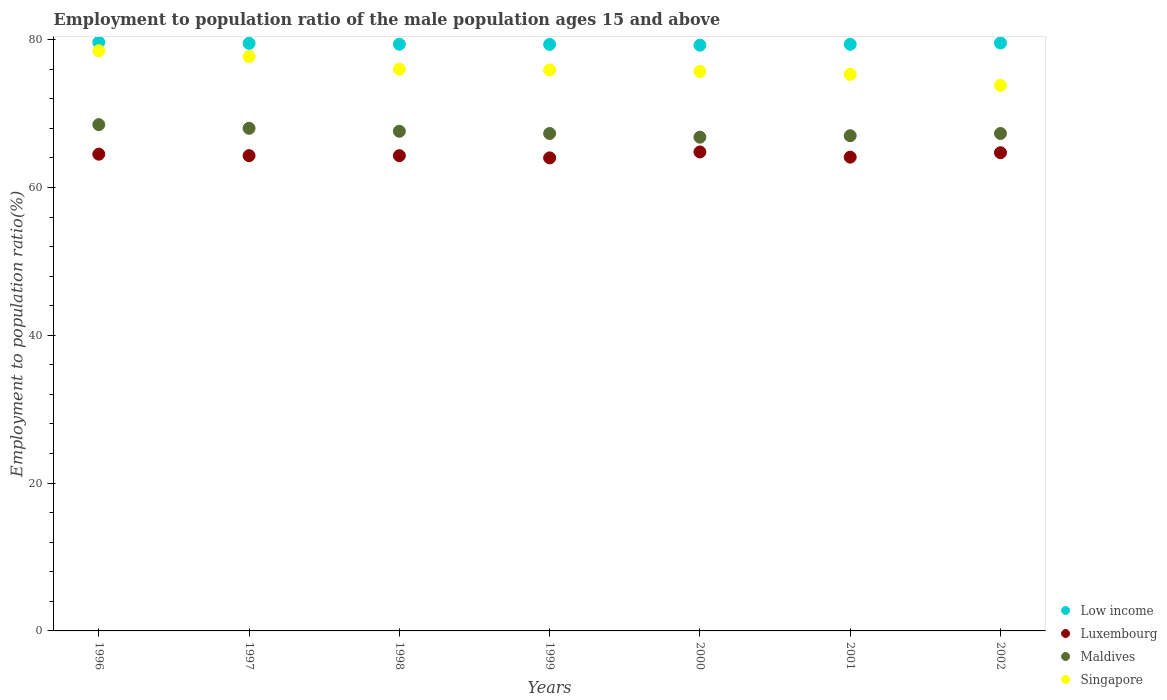
| Years | Low income | Luxembourg | Maldives | Singapore |
 | --- | --- | --- | --- | --- |
 | 1996 | 79.6 | 64.5 | 68.5 | 78.5 |
 | 1997 | 79.5 | 64.3 | 68 | 77.7 |
 | 1998 | 79.4 | 64.3 | 67.6 | 76 |
 | 1999 | 79.4 | 64 | 67.3 | 75.9 |
 | 2000 | 79.2 | 64.8 | 66.8 | 75.7 |
 | 2001 | 79.4 | 64.1 | 67 | 75.3 |
 | 2002 | 79.5 | 64.7 | 67.3 | 73.8 |